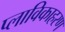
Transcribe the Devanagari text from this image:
प्लाविकाहरण